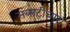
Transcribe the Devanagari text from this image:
सब्सटीच्यूट